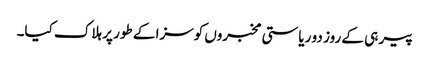
پیر ہی کے روز دو ریاستی مخبروں کوسزا کے طور پر ہلاک کیا۔